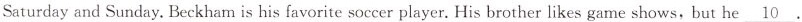
Saturday and Sunday. Beckham is his favorite soccer player. His brother likes game shows, but he \underline{10}.